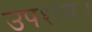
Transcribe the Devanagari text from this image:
उपशय।